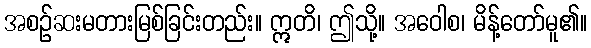
အစဉ်ဆးမတားမြစ်ခြင်းတည်း။ ဣတိ၊ ဤသို့။ အဝေါစ၊ မိန့်တော်မူ၏။